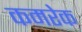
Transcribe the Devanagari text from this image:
कमरेक